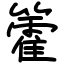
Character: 籗